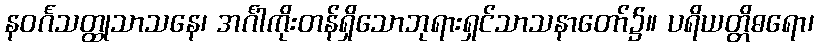
နဝင်္ဂသတ္ထုသာသနေ၊ အင်္ဂါကိုးတန်ရှိသောဘုရားရှင်သာသနာတော်၌။ ပရိယတ္တိဓရော၊